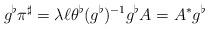
LaTeX: \begin{align*}g^{\flat }\pi ^{\sharp }=\lambda \ell \theta ^{\flat }(g^{\flat })^{-1}g^{\flat }A=A^{\ast }g^{\flat }\end{align*}